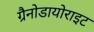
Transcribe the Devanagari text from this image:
ग्रैनोडायोराइट